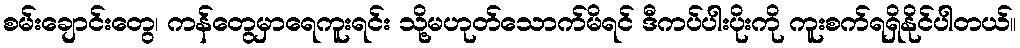
စမ်းချောင်းတွေ၊ ကန်တွေမှာရေကူးရင်း သို့မဟုတ်သောက်မိရင် ဒီကပ်ပါးပိုးကို ကူးစက်ရရှိနိုင်ပါတယ်။